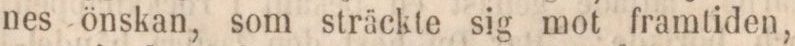
nes önskan, som sträckte sig mot framtiden,